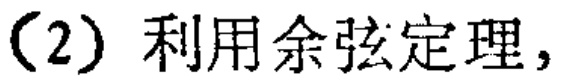
（2）利用余弦定理，